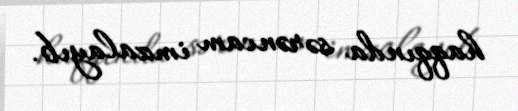
haqqında sərəncam imzalayıb.